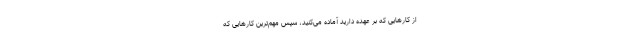
از کارهایی که بر عهده دارید آماده می‌کنید، سپس مهم‌ترین کارهایی که